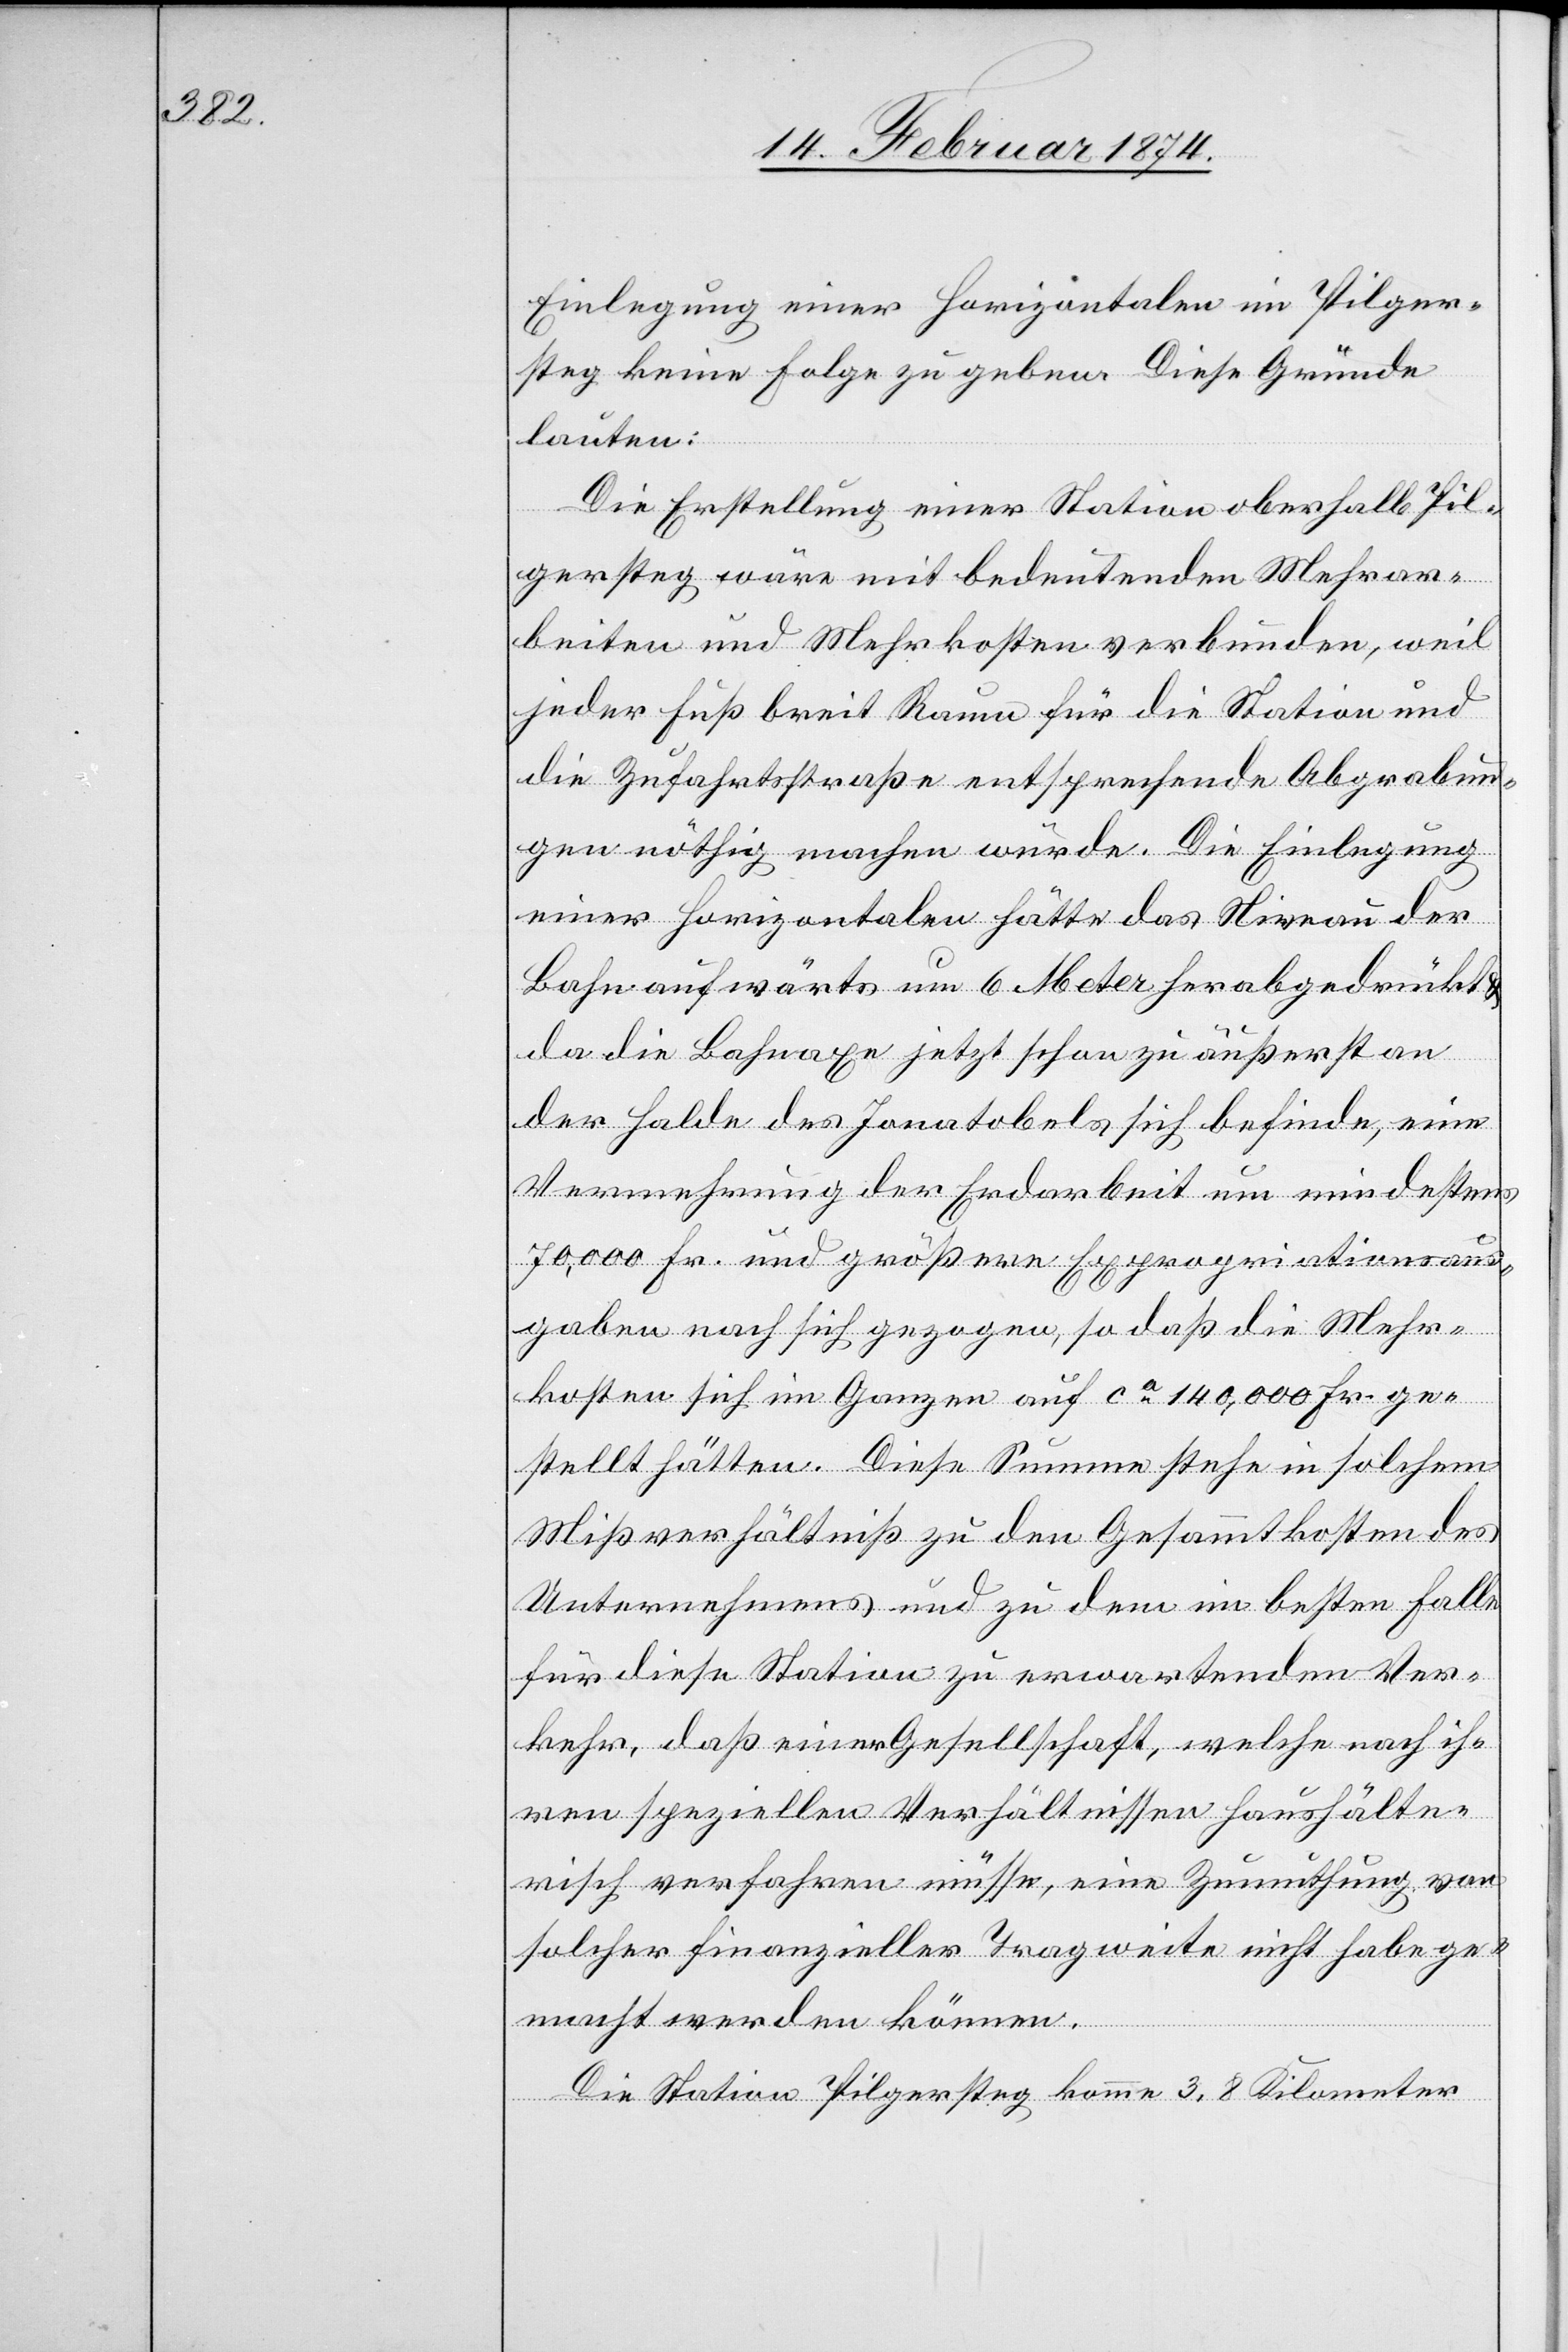
Einlegung einer Horizontalen in Pilger¬
steg keine Folge zu geben. Diese Gründe
lauten:
Die Erstellung einer Station oberhalb Pil¬
gersteg wäre mit bedeutenden Mehrar¬
beiten und Mehrkosten verbunden, weil
jeder Fuß breit Raum für die Station und
die Zufahrtsstraße entsprechende Abgrabun¬
gen nöthig machen würde. Die Einlegung
einer Horizontalen hätte das Nieveau der
Bahn aufwärts um 6 Meter herabgedrückt
da die Bahnaxe jetzt schon zu äußersten
der Halde des Jonatobels sich befinde, eine
Vermehrung der Erdarbeit um mindestens
70,000 Fr. und größere Expropriationsaus¬
gaben nach sich gezogen, so daß die Mehr¬
kosten sich im Ganzen auf ca 140,000 Fr. ge¬
stellt hätten. Diese Summe stehe in solchem
Mißverhältniß zu den Gesammtkosten des
Unternehmens und zu dem im besten Falle
für diese Station zu erwartenden Ver¬
kehr, daß einer Gesellschaft, welche nach ih¬
ren speziellen Verhältnissen haushälte¬
risch verfahren müsse, eine Zumuthung von
solcher finanzieller Tragweite nicht habe ge¬
macht werden könne.
Die Station Pilgersteg komme 3.8 Kilometer